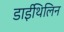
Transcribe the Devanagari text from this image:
डाईथिलिन